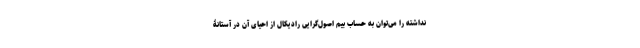
نداشته را می‌توان به حساب بیم اصول‌گرایی رادیکال از احیای آن در آستانۀ